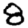
Digit: 8